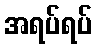
အရပ်ရပ်